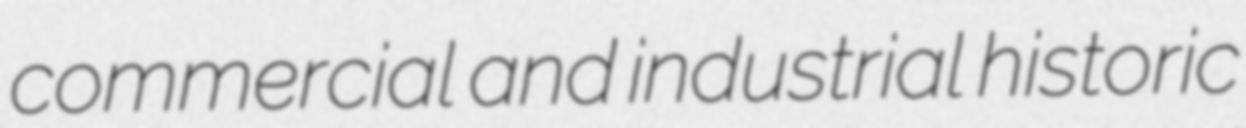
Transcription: commercial and industrial historic